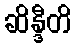
ဆိန္ဒီတိ